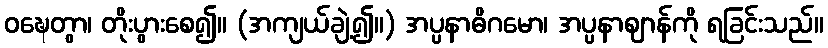
ဝဍ္ဎေတွာ၊ တိုးပွားစေ၍။ (အကျယ်ချဲ့၍။) အပ္ပနာဓိဂမော၊ အပ္ပနာဈာန်ကို ရခြင်းသည်။